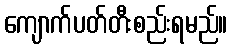
ကျောက်ပတ်တီးစည်းရမည်။